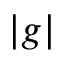
| g |